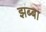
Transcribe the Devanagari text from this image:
झब्बा